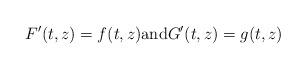
LaTeX: \begin{align*}F'(t,z)=f(t,z){\rm and}G'(t,z)=g(t,z)\end{align*}